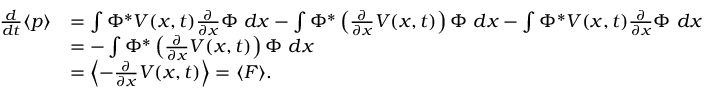
{ \begin{array} { r l } { { \frac { d } { d t } } \langle p \rangle } & { = \int \Phi ^ { * } V ( x , t ) { \frac { \partial } { \partial x } } \Phi ~ d x - \int \Phi ^ { * } \left( { \frac { \partial } { \partial x } } V ( x , t ) \right) \Phi ~ d x - \int \Phi ^ { * } V ( x , t ) { \frac { \partial } { \partial x } } \Phi ~ d x } \\ & { = - \int \Phi ^ { * } \left( { \frac { \partial } { \partial x } } V ( x , t ) \right) \Phi ~ d x } \\ & { = \left\langle - { \frac { \partial } { \partial x } } V ( x , t ) \right\rangle = \langle F \rangle . } \end{array} }